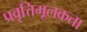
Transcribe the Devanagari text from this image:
प्रवृत्तिमूलकता